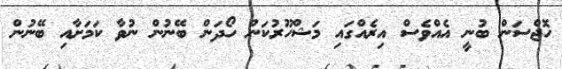
ހޮޖްސަން ބުނީ އެއްވެސް އިރެއްގައި މަޝްހޫރުކަން ހޯދަން ބޭނުން ނުވާ ކަމަށާއި ބޭނުން